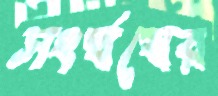
সংর্ঘষের